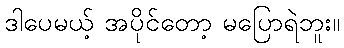
ဒါပေမယ့် အပိုင်တော့ မပြောရဲဘူး။